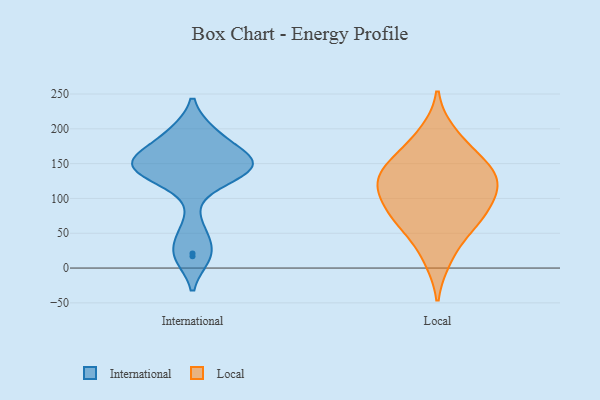
{"axis": {"x": "Latency (ms)", "y": "Value"}, "legend": ["International", "Local"], "data": [{"x": "", "y": 140, "type": "International"}, {"x": "", "y": 151, "type": "International"}, {"x": "", "y": 126, "type": "International"}, {"x": "", "y": 151, "type": "International"}, {"x": "", "y": 161, "type": "International"}, {"x": "", "y": 17, "type": "International"}, {"x": "", "y": 147, "type": "International"}, {"x": "", "y": 21, "type": "International"}, {"x": "", "y": 54, "type": "International"}, {"x": "", "y": 194, "type": "International"}, {"x": "", "y": 193, "type": "International"}, {"x": "", "y": 160, "type": "International"}, {"x": "", "y": 138, "type": "International"}, {"x": "", "y": 101, "type": "Local"}, {"x": "", "y": 194, "type": "Local"}, {"x": "", "y": 152, "type": "Local"}, {"x": "", "y": 56, "type": "Local"}, {"x": "", "y": 168, "type": "Local"}, {"x": "", "y": 132, "type": "Local"}, {"x": "", "y": 117, "type": "Local"}, {"x": "", "y": 133, "type": "Local"}, {"x": "", "y": 13, "type": "Local"}, {"x": "", "y": 78, "type": "Local"}, {"x": "", "y": 92, "type": "Local"}, {"x": "", "y": 130, "type": "Local"}, {"x": "", "y": 64, "type": "Local"}]}